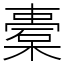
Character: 橐